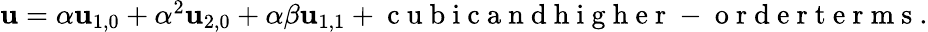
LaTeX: \begin{array}{r}{\mathbf{u}=\alpha\mathbf{u}_{1,0}+\alpha^{2}\mathbf{u}_{2,0}+\alpha\beta\mathbf{u}_{1,1}+\mathrm{~c~u~b~i~c~a~n~d~h~i~g~h~e~r~-~o~r~d~e~r~t~e~r~m~s~}.}\end{array}